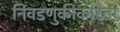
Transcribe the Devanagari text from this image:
निवडणुकीकरिता